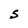
Character: S